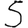
Digit: 5